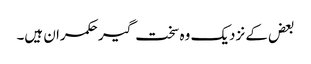
بعض کے نزدیک وہ سخت گیر حکمران ہیں۔